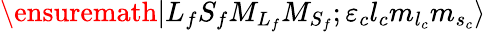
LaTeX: \ensuremath{\vert{L}_{f}{S}_{f}{M}_{{L}_{f}}{M}_{{S}_{f}};{\varepsilon}_{c}{l}_{c}{m}_{{l}_{c}}{m}_{{s}_{c}}\rangle}